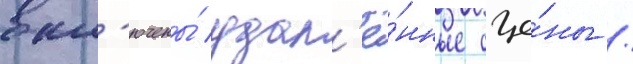
вкл'ючены́ удал'ё́нные сце́ны /